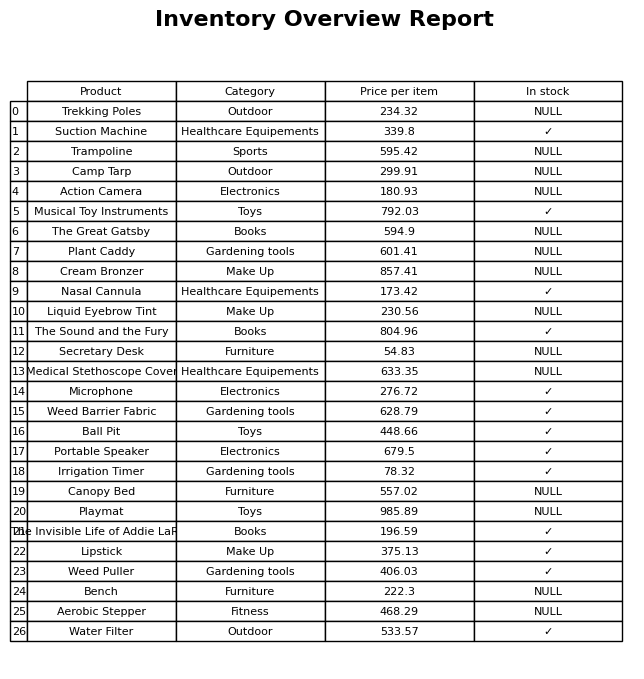
question: What is the price of the Ball Pit?
answer: The price of Ball Pit is 448.66.